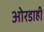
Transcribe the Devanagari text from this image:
ओरडाही